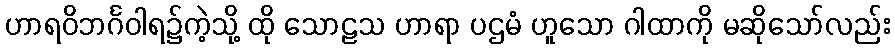
ဟာရဝိဘင်္ဂဝါရ၌ကဲ့သို့ ထို သောဠသ ဟာရာ ပဌမံ ဟူသော ဂါထာကို မဆိုသော်လည်း